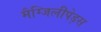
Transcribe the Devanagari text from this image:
मैग्जिलीपेड्स